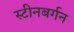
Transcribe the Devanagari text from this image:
स्टीनबर्गन